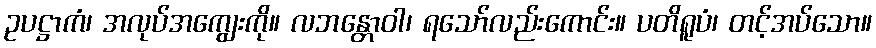
ဥပဋ္ဌာကံ၊ အလုပ်အကျွေးကို။ လဘန္တောဝါ၊ ရသော်လည်းကောင်း။ ပတိရူပံ၊ တင့်အပ်သော။